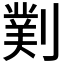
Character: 𫦖